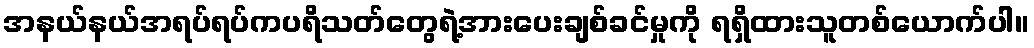
အနယ်နယ်အရပ်ရပ်ကပရိသတ်တွေရဲ့အားပေးချစ်ခင်မှုကို ရရှိထားသူတစ်ယောက်ပါ။